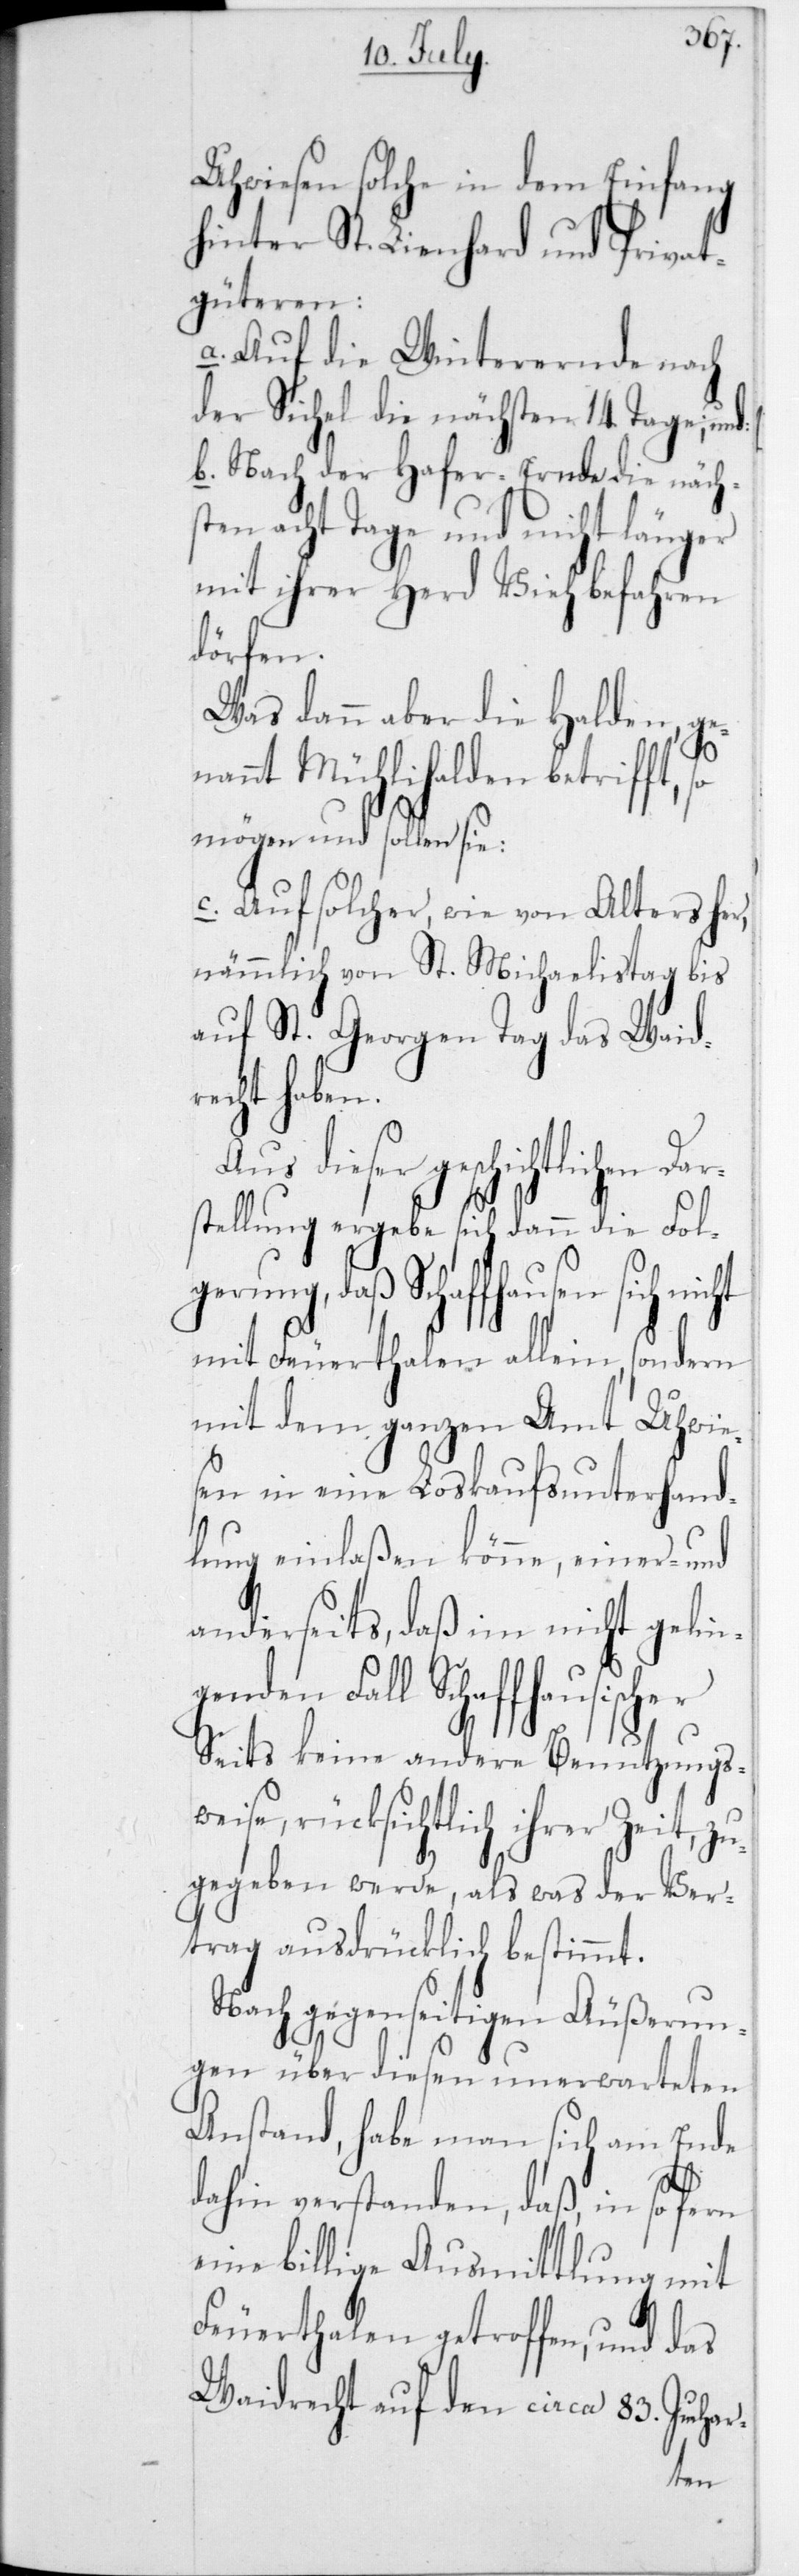
Uhwiesen solche in dem Einfang
hinter St. Lienhard und Privat¬
güteren:
a. Auf die Winterernde nach
der Sichel die nächsten 14 Tage; und:
b. Nach der Hafer-Ernde die näch¬
en acht Tage und nicht länger
mit ihrer Herd Vieh befahren
dörfen.
Was dann aber die Halden, ge¬
r-
nannt Mühlihalden betrifft,
mögen und sollen sie:
c. Auf solcher, wie von Alters her,
nämmlich von St. Michaelistag bis
auf St. Georgen Tag das Waid¬
recht haben.
dieser geschichtlichen D¬
stellung ergebe sich dann die Folg¬
erung, daß Schaffhausen sich
mit Feuerthalen allein, sondern
mit dem ganzen Amt Uhwie¬
sen in eine Loskaufsunterhand¬
lung einlaßen könne, einer- und
anderseits, daß im nicht gelin¬
genden Fall schaffhausischer
Seits keine andere Benutzungsw¬
eise, rücksichtlich ihrer Zeit,
zugegeben werde, als was der Ver¬
trag ausdrücklich bestimmt.
Nach gegenseitigen Äußerun¬
gen über diesen unerwarteten
Anstand, habe man sich am Ende
dahin verstanden, daß, in so fern
eine billige Ausmittlung mit
Feuerthalen getroffen, und das
Waidrecht auf den circa 83 Jucha¬